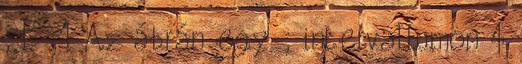
; F ;1 Az ábrán egy ; intervallumon 4